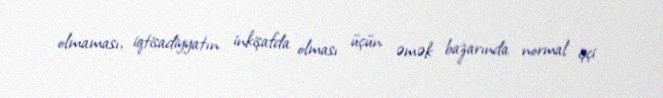
olmaması, iqtisadiyyatın inkişafda olması üçün əmək bazarında normal işçi